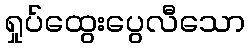
ရှုပ်ထွေးပွေလီသော